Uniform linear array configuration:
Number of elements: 4
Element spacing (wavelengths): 0.75
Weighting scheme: cosine
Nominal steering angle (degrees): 60
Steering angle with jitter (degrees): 60.316
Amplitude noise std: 0.05
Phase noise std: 0.05

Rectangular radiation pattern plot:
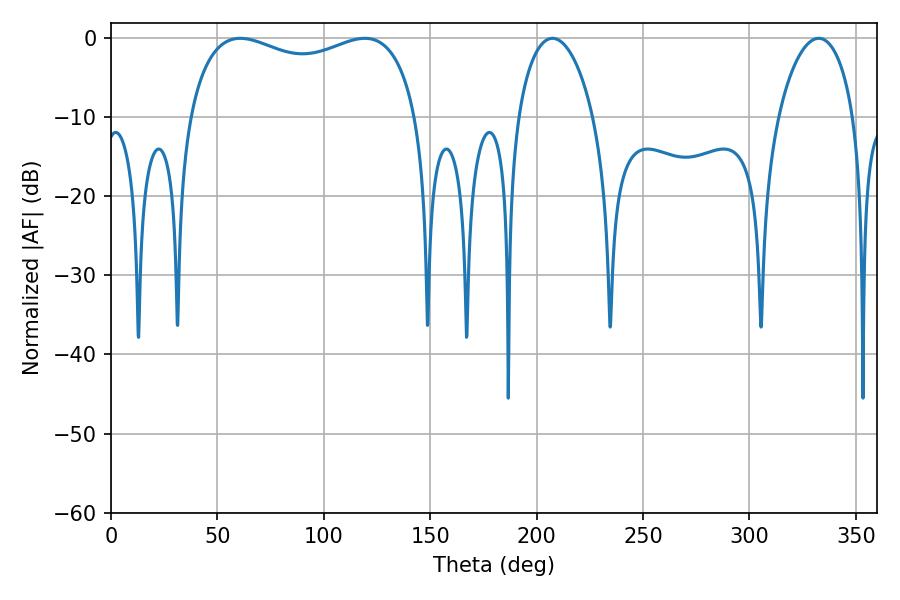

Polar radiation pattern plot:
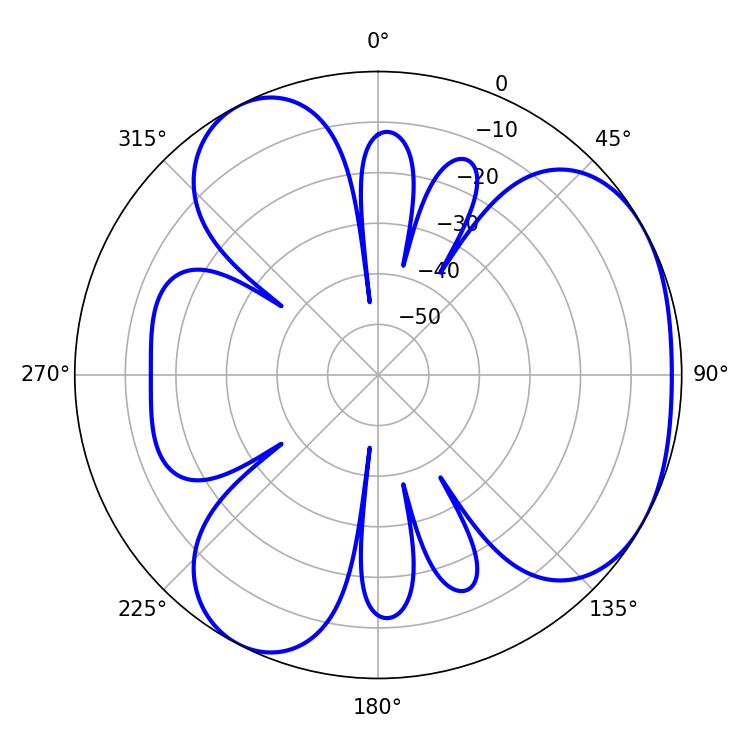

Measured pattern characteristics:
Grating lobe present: TRUE
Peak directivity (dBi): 3.904
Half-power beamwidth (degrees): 88.56
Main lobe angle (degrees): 60.66